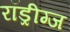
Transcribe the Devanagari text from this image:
रॉड्रीग्ज